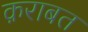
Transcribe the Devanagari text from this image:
क़राबत